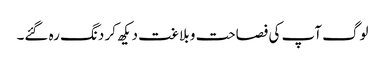
لوگ آپ کی فصاحت و بلاغت دیکھ کر دنگ رہ گئے۔